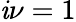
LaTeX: \mathit{i}\nu=1